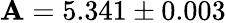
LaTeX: \mathbf{A}=5.341\pm0.003